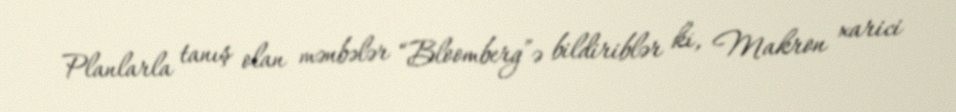
Planlarla tanış olan mənbələr “Bloomberg”ə bildiriblər ki, Makron xarici